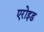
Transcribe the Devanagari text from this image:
एरोइड